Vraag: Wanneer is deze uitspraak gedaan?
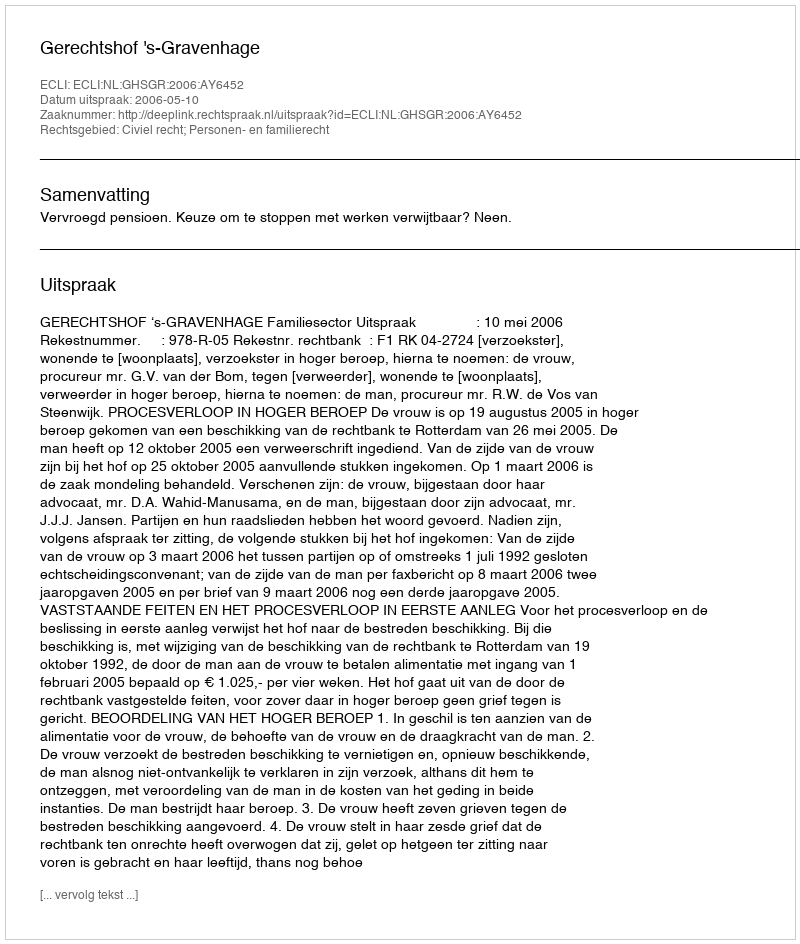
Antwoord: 2006-05-10